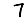
Digit: 7